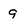
Character: g